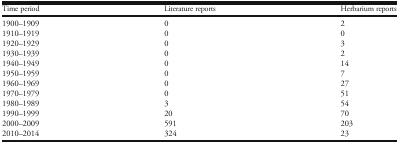
<table><thead><tr><td><b>Time period</b></td><td><b>Literature reports</b></td><td><b>Herbarium reports</b></td></tr></thead><tbody><tr><td>1900–1909</td><td>0</td><td>2</td></tr><tr><td>1910–1919</td><td>0</td><td>0</td></tr><tr><td>1920–1929</td><td>0</td><td>3</td></tr><tr><td>1930–1939</td><td>0</td><td>2</td></tr><tr><td>1940–1949</td><td>0</td><td>14</td></tr><tr><td>1950–1959</td><td>0</td><td>7</td></tr><tr><td>1960–1969</td><td>0</td><td>27</td></tr><tr><td>1970–1979</td><td>0</td><td>51</td></tr><tr><td>1980–1989</td><td>3</td><td>54</td></tr><tr><td>1990–1999</td><td>20</td><td>70</td></tr><tr><td>2000–2009</td><td>591</td><td>203</td></tr><tr><td>2010–2014</td><td>324</td><td>23</td></tr></tbody></table>